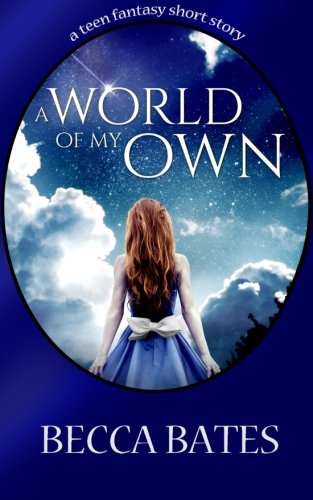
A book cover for Teen Fiction: A World Of My Own - A Short Story Fantasy For All Ages; Becca Bates; Science Fiction & Fantasy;